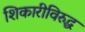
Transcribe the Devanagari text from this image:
शिकारीविरुद्ध